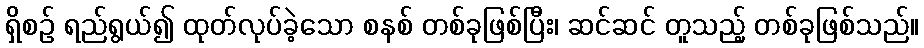
ရှိစဉ် ရည်ရွယ်၍ ထုတ်လုပ်ခဲ့သော စနစ် တစ်ခုဖြစ်ပြီး၊ ဆင်ဆင် တူသည့် တစ်ခုဖြစ်သည်။